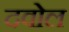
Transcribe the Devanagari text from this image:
दवोल